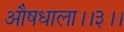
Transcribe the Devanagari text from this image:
औषधाला।।३।।